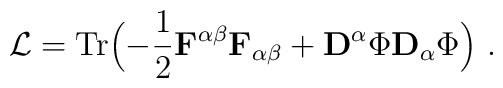
{\cal L}={\rm Tr}\Bigl(-{1 \over 2}{\bf F}^{\alpha\beta}{\bf F}_{\alpha \beta}    +{\bf D}^\alpha \Phi {\bf D}_\alpha \Phi \Bigr) \ .